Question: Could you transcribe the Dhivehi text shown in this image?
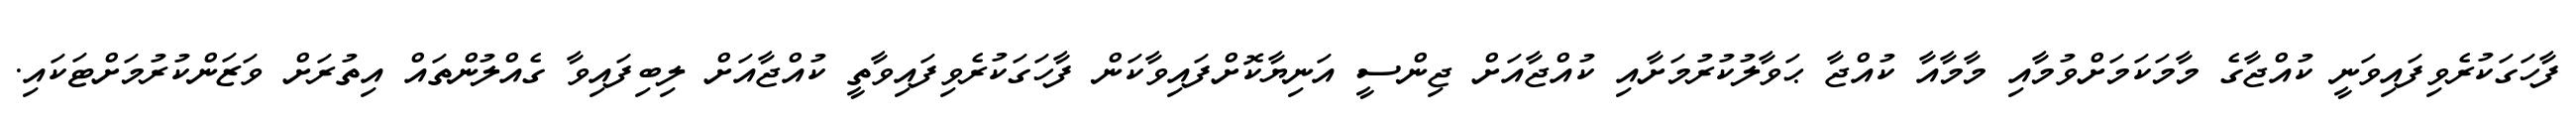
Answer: ފާހަގަކުރެވިފައިވަނީ ކުއްޖާގެ މާމަކަމަށްވުމާއި މާމާއާ ކުއްޖާ ޙަވާލުކުރުމަށާއި ކުއްޖާއަށް ޖިންސީ އަނިޔާކޮށްފައިވާކަން ފާހަގަކުރެވިފައިވާތީ ކުއްޖާއަށް ލިބިފައިވާ ގެއްލުންތައް އިތުރަށް ވަޒަންކުރުމަށްޓަކައި.